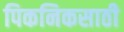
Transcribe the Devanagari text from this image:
पिकनिकसाठी